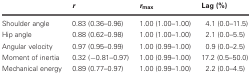
<table><thead><tr><td>[EMPTY_CELL]</td><td><b><i>r</i></b></td><td><b><i>r</i><sub>max</sub></b></td><td><b>Lag (%)</b></td></tr></thead><tbody><tr><td>Shoulder angle</td><td>0.83 (0.36–0.96)</td><td>1.00 (1.00–1.00)</td><td>4.1 (0.0–11.5)</td></tr><tr><td>Hip angle</td><td>0.88 (0.62–0.98)</td><td>1.00 (1.00–1.00)</td><td>2.1 (0.0–5.5)</td></tr><tr><td>Angular velocity</td><td>0.97 (0.95–0.99)</td><td>1.00 (0.99–1.00)</td><td>0.9 (0.0–2.5)</td></tr><tr><td>Moment of inertia</td><td>0.32 (-0.81–0.97)</td><td>1.00 (0.99–1.00)</td><td>17.2 (0.5–50.0)</td></tr><tr><td>Mechanical energy</td><td>0.89 (0.77–0.97)</td><td>1.00 (0.99–1.00)</td><td>2.2 (0.0–4.5)</td></tr></tbody></table>